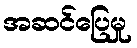
အဆင်ပြေမှု